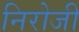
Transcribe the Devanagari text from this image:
निरोजी